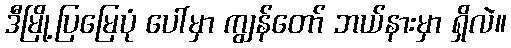
ဒီမြို့ပြမြေပုံ ပေါ်မှာ ကျွန်တော် ဘယ်နားမှာ ရှိလဲ။